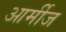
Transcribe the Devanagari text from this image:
आर्मीज